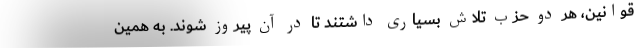
قوانین، هر دو حزب تلاش بسیاری داشتند تا در آن پیروز شوند. به همین